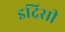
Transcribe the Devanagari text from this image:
इद्रिसी